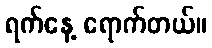
ရက်နေ့ ရောက်တယ်။